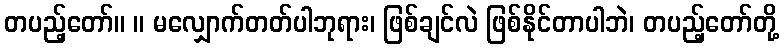
တပည့်တော်။ ။ မလျှောက်တတ်ပါဘုရား၊ ဖြစ်ချင်လဲ ဖြစ်နိုင်တာပါဘဲ၊ တပည့်တော်တို့